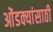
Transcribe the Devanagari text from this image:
ओंडक्यांसाठी